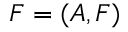
F = ( A , F )